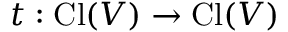
t : \operatorname { C l } ( V ) \to \operatorname { C l } ( V )